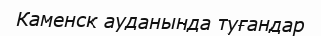
Каменск ауданында туғандар